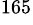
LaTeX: ^{165}